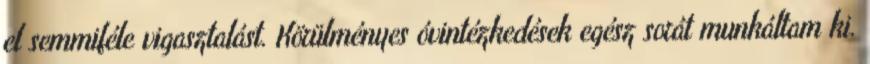
el semmiféle vigasztalást. Körülményes óvintézkedések egész sorát munkáltam ki.